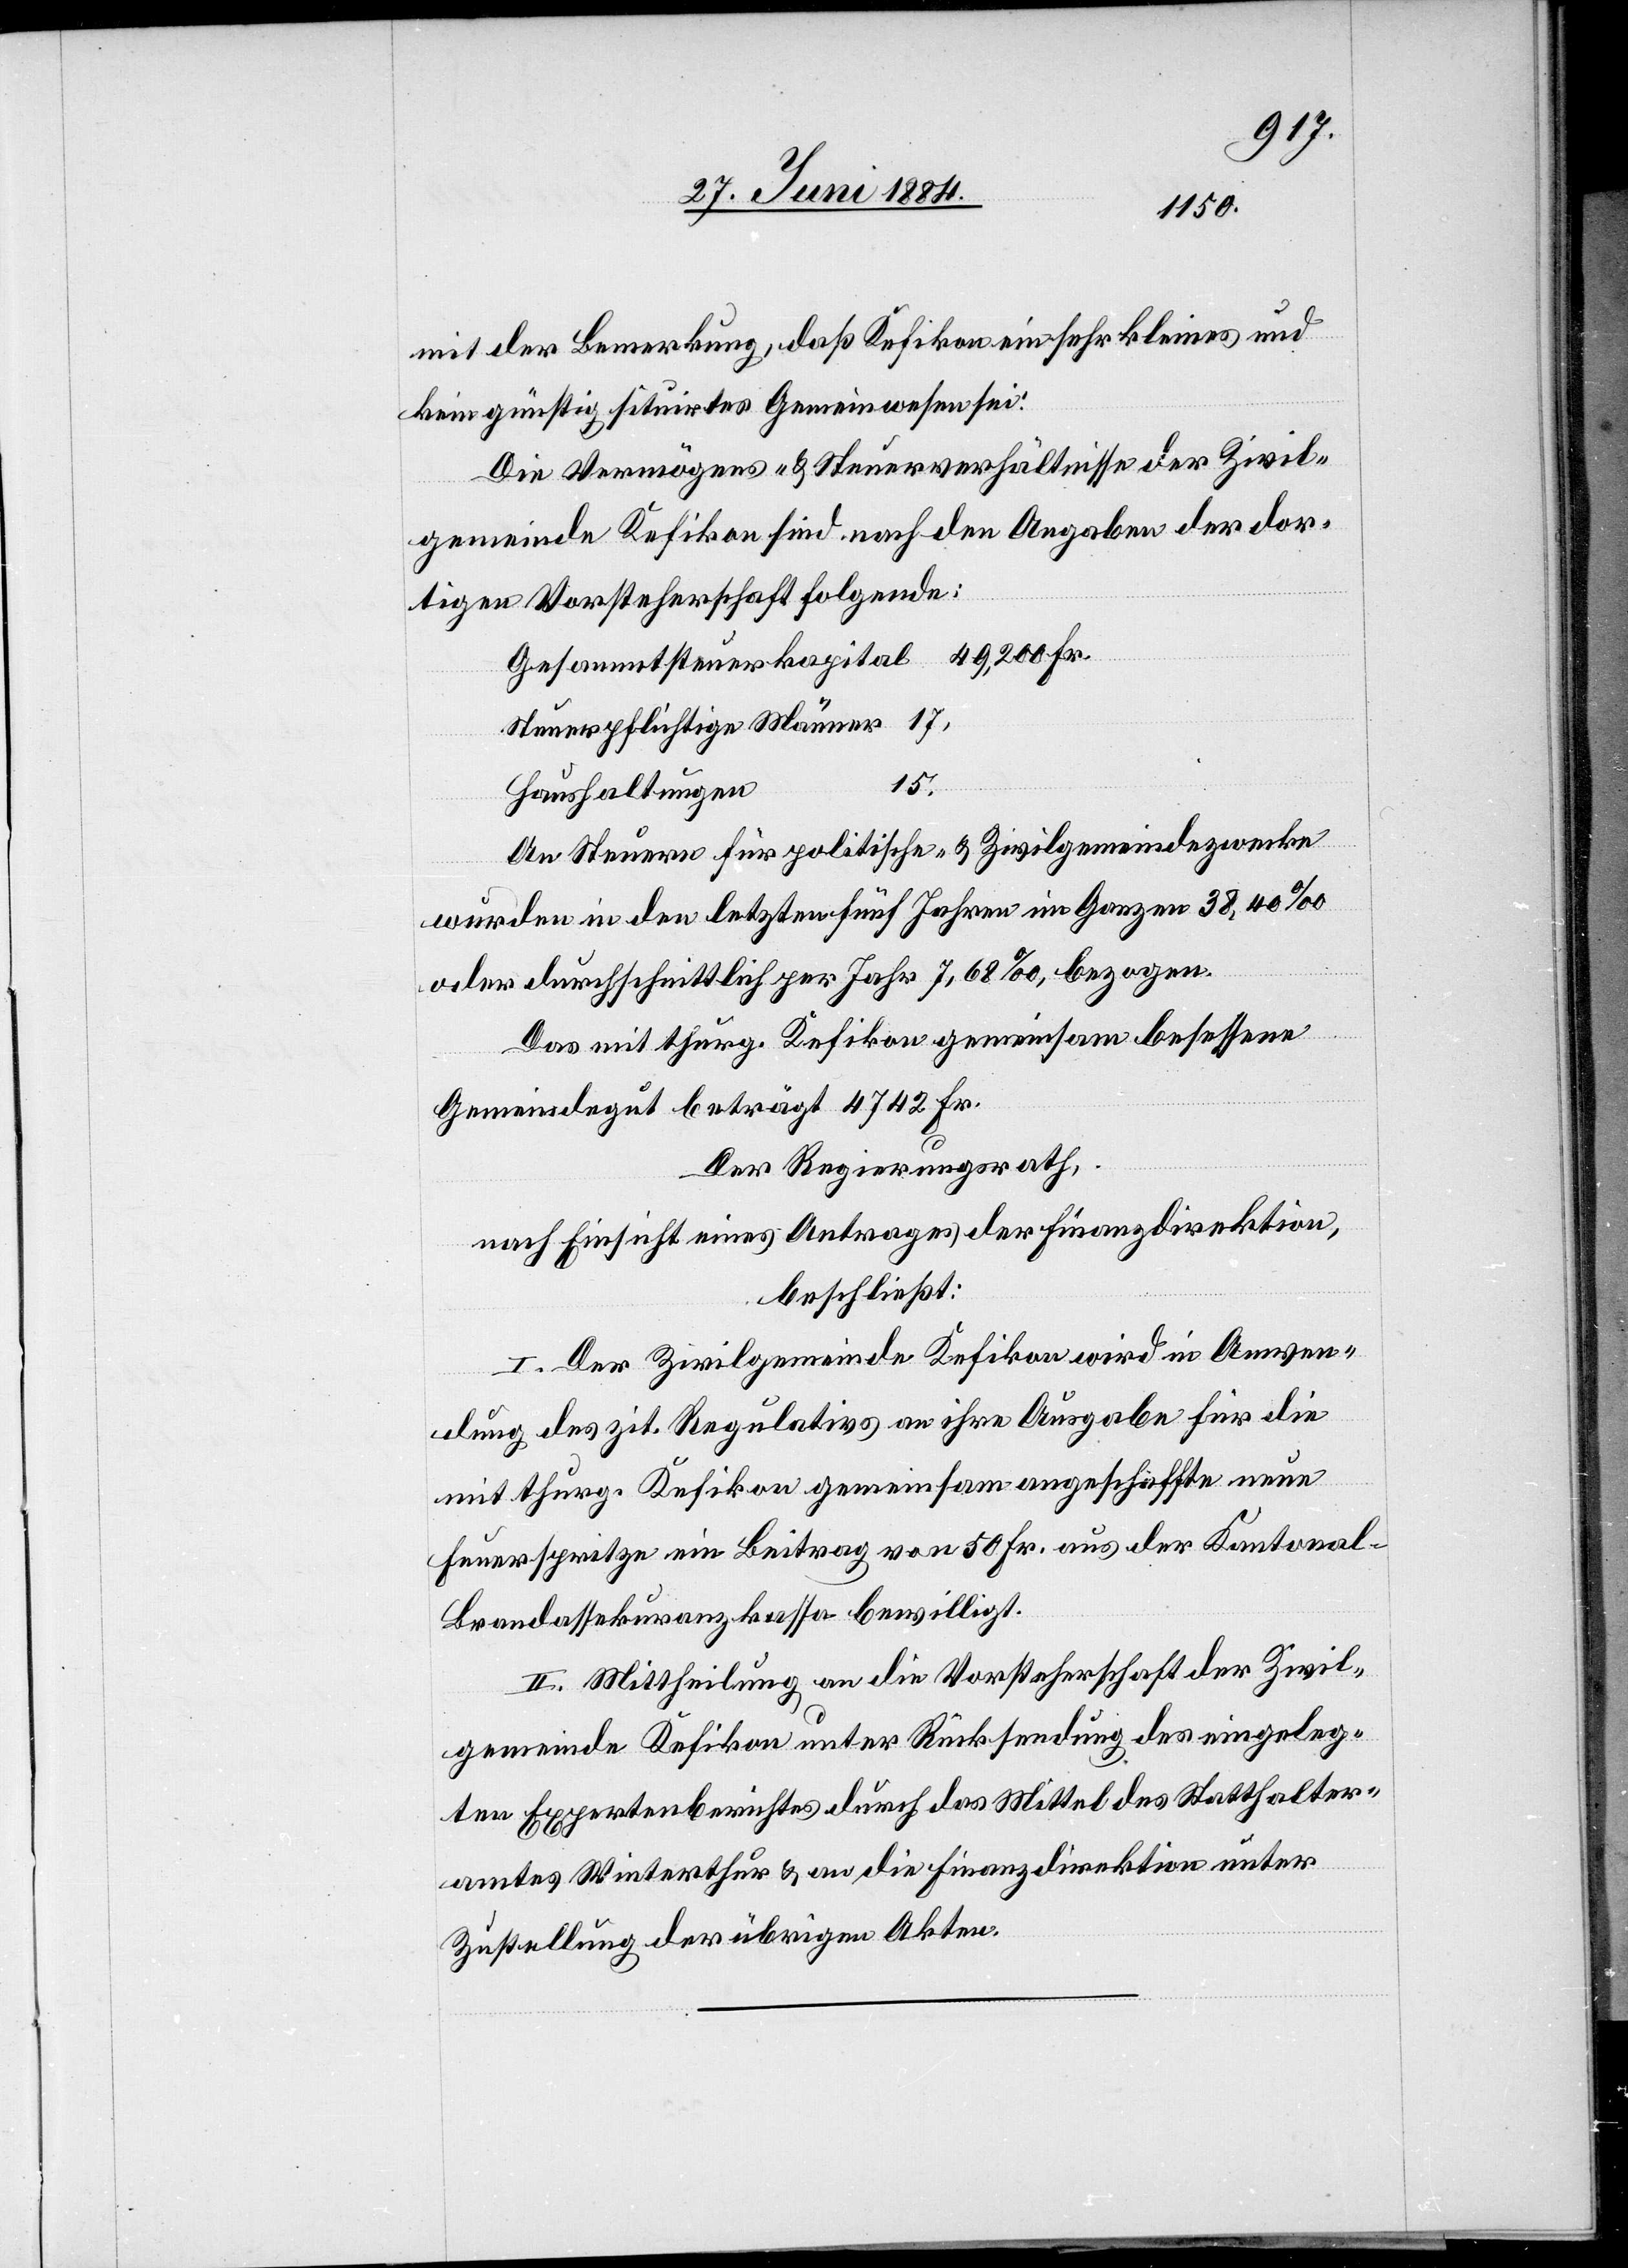
mit der Bemerkung, daß Kefikon ein sehr kleines und
kein günstig situirtes Gemeinwesen sei:
Die Vermögens- & Steuerverhältnisse der Zivil¬
gemeinde Kefikon sind nach den Angaben der dor¬
tigen Vorsteherschaft folgende:
Steuerpflichtige Männer
15.
Haushaltungen
An Steuern für politische- & Zivilgemeindezwecke
wurden in den letzten fünf Jahren im Ganzen 38,40‰
oder durchschnittlich per Jahr 7,68‰ bezogen.
Das mit thurg. Kefikon gemeinsam besessene
Gemeindegut beträgt 4742 Fr.
Der Regierungsrath,
nach Einsicht eines Antrages der Finanzdirektion,
beschließt:
I. Der Zivilgemeinde Kefikon wird in Anwen¬
dung des zit. Regulativs an ihre Ausgabe für die
mit thurg. Kefikon gemeinsam angeschaffte neue
Feuerspritze ein Beitrag von 50 Fr. aus der Kantonal-B¬
randassekuranzkassa bewilligt.
II. Mittheilung an die Vorsteherschaft der Zivil¬
gemeinde Kefikon unter Rücksendung des eingeleg¬
ten Expertenberichtes durch das Mittel des Statthalter¬
amtes Winterthur & an die Finanzdirektion unter
Zustellung der übrigen Akten.